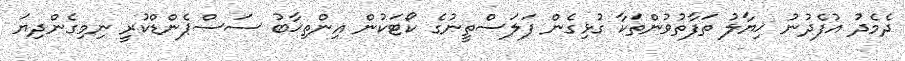
ދެމެދު އުފެދުނު ޚިޔާލު ތަފާތުވުންތަކާ ގުޅިގެން ފަލަސްތީނުގެ ކޯޓަކުން އިންތިޚާބު ސަސްޕެންޑްކުރީ ނިމިގެންދިޔަ